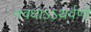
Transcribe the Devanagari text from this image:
नवधाऽऽथर्वणो